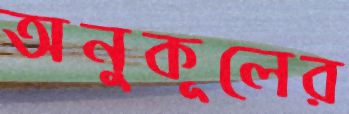
অনুকূলের